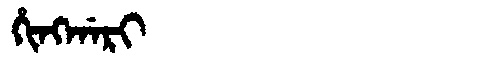
Manchu: ᡥᡳᠩᡤᠠᡵᡳ
Romanization: HINGGARI